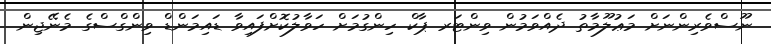
ނޫސްވެރިންނަށް މަޢުލޫމާތު ދެއްވަމުން ވިންޓަރ ޕާކް ހިންގުމަށް ހަވާލުކޮށްފައިވާ ޑައިމަންޑް ވިންގްސްގެ މެނޭޖިން